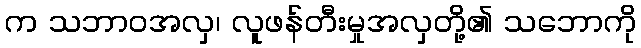
က သဘာဝအလှ၊ လူဖန်တီးမှုအလှတို့၏ သဘောကို